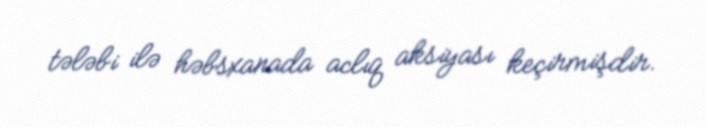
tələbi ilə həbsxanada aclıq aksiyası keçirmişdir.